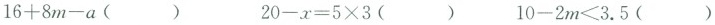
$$1 6 + 8 m - a$$() $$2 0 - x = 5 \times 3$$() $$1 0 - 2 m ≤ 3 . 5$$()